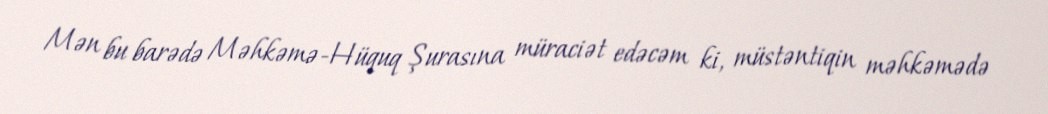
Mən bu barədə Məhkəmə-Hüquq Şurasına müraciət edəcəm ki, müstəntiqin məhkəmədə